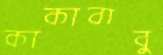
কাকাবাবু